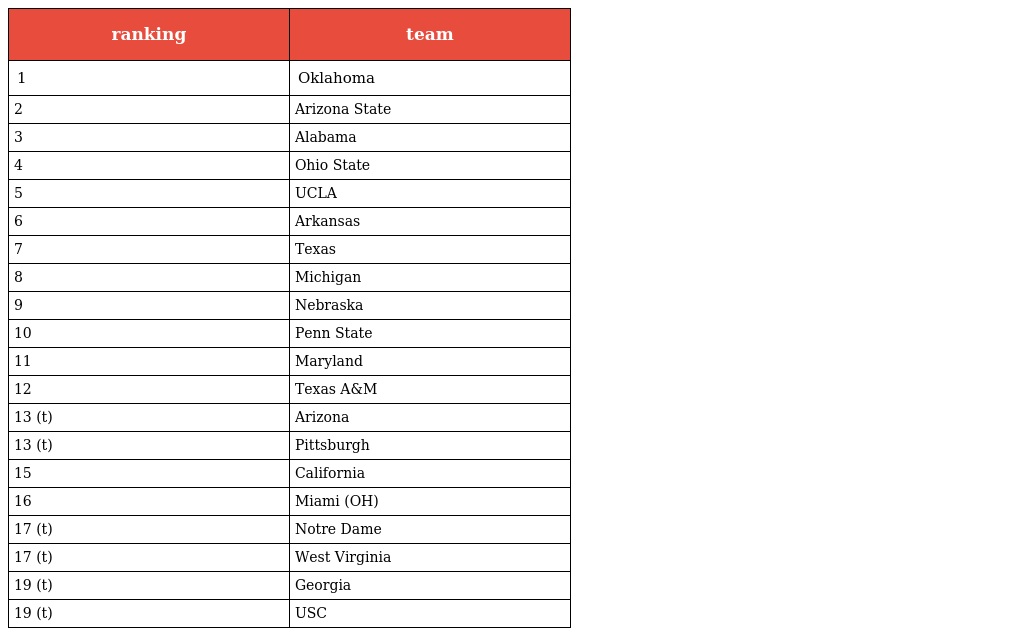
| ranking | team |
 | --- | --- |
 | 1 | Oklahoma |
 | 2 | Arizona State |
 | 3 | Alabama |
 | 4 | Ohio State |
 | 5 | UCLA |
 | 6 | Arkansas |
 | 7 | Texas |
 | 8 | Michigan |
 | 9 | Nebraska |
 | 10 | Penn State |
 | 11 | Maryland |
 | 12 | Texas A&M |
 | 13 (t) | Arizona |
 | 13 (t) | Pittsburgh |
 | 15 | California |
 | 16 | Miami (OH) |
 | 17 (t) | Notre Dame |
 | 17 (t) | West Virginia |
 | 19 (t) | Georgia |
 | 19 (t) | USC |